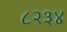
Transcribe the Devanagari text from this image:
८२३४